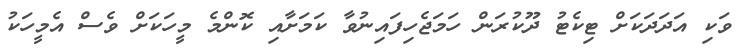
ވަކި އަދަދަކަށް ޓިކެޓު ދޫކުރަން ހަމަޖެހިފައިނުވާ ކަމަށާއި ކޮންމެ މީހަކަށް ވެސް އެމީހަކު